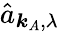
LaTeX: \hat{a}_{\boldsymbol{k}_{A},\lambda}